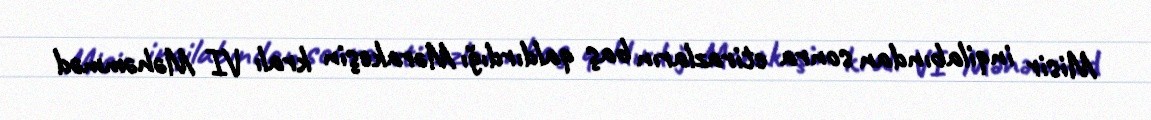
Misir inqilabından sonra etirazların baş qaldırdığı Mərakeşin kralı VI Məhəmməd